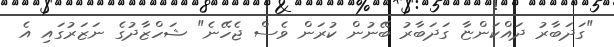
"ގަދަބާރު ދައްކަންޏާ ގަދަބާރު ބޭނުން ކުރަން ވެސް ޖެހޭނެ" ޝަހްޒާދުގެ ނަޒަރުގައި އެ